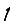
Digit: 1